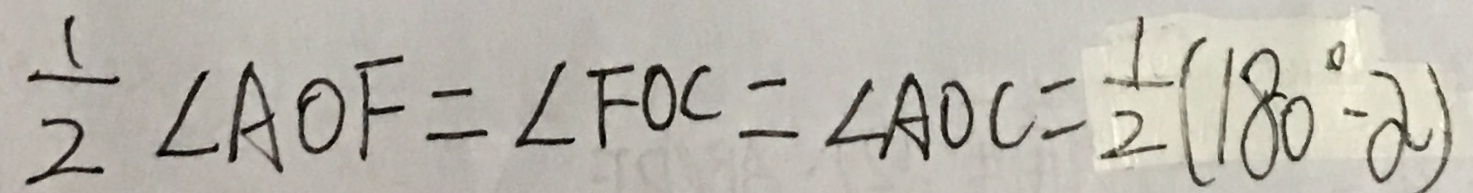
\frac { 1 } { 2 } \angle A O F = \angle F O C = \angle A O C = \frac { 1 } { 2 } ( 1 8 0 ^ { \circ } - \alpha )